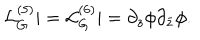
{ \mathcal L } _ { G } ^ { ( 5 ) } | = { \mathcal L } _ { G } ^ { ( 6 ) } | = \partial _ { z } \phi \partial _ { \bar { z } } \phi .